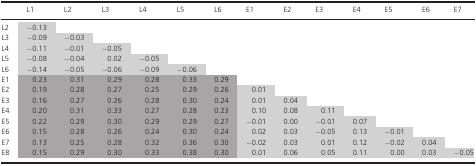
<table><thead><tr><td></td><td><b>L1</b></td><td><b>L2</b></td><td><b>L3</b></td><td><b>L4</b></td><td><b>L5</b></td><td><b>L6</b></td><td><b>E1</b></td><td><b>E2</b></td><td><b>E3</b></td><td><b>E4</b></td><td><b>E5</b></td><td><b>E6</b></td><td><b>E7</b></td></tr></thead><tbody><tr><td>L2</td><td>−0.13</td><td></td><td></td><td></td><td></td><td></td><td></td><td></td><td></td><td></td><td></td><td></td><td></td></tr><tr><td>L3</td><td>−0.09</td><td>−0.03</td><td></td><td></td><td></td><td></td><td></td><td></td><td></td><td></td><td></td><td></td><td></td></tr><tr><td>L4</td><td>−0.11</td><td>−0.01</td><td>−0.05</td><td></td><td></td><td></td><td></td><td></td><td></td><td></td><td></td><td></td><td></td></tr><tr><td>L5</td><td>−0.08</td><td>−0.04</td><td>0.02</td><td>−0.05</td><td></td><td></td><td></td><td></td><td></td><td></td><td></td><td></td><td></td></tr><tr><td>L6</td><td>−0.14</td><td>−0.05</td><td>−0.06</td><td>−0.09</td><td>−0.06</td><td></td><td></td><td></td><td></td><td></td><td></td><td></td><td></td></tr><tr><td>E1</td><td>0.23</td><td>0.31</td><td>0.29</td><td>0.28</td><td>0.33</td><td>0.29</td><td></td><td></td><td></td><td></td><td></td><td></td><td></td></tr><tr><td>E2</td><td>0.19</td><td>0.28</td><td>0.27</td><td>0.25</td><td>0.29</td><td>0.26</td><td>0.01</td><td></td><td></td><td></td><td></td><td></td><td></td></tr><tr><td>E3</td><td>0.16</td><td>0.27</td><td>0.26</td><td>0.28</td><td>0.30</td><td>0.24</td><td>0.01</td><td>0.04</td><td></td><td></td><td></td><td></td><td></td></tr><tr><td>E4</td><td>0.20</td><td>0.31</td><td>0.33</td><td>0.27</td><td>0.28</td><td>0.23</td><td>0.10</td><td>0.08</td><td>0.11</td><td></td><td></td><td></td><td></td></tr><tr><td>E5</td><td>0.22</td><td>0.29</td><td>0.30</td><td>0.29</td><td>0.29</td><td>0.27</td><td>−0.01</td><td>0.00</td><td>−0.01</td><td>0.07</td><td></td><td></td><td></td></tr><tr><td>E6</td><td>0.15</td><td>0.28</td><td>0.26</td><td>0.24</td><td>0.30</td><td>0.24</td><td>0.02</td><td>0.03</td><td>−0.05</td><td>0.13</td><td>−0.01</td><td></td><td></td></tr><tr><td>E7</td><td>0.13</td><td>0.25</td><td>0.28</td><td>0.32</td><td>0.36</td><td>0.30</td><td>−0.02</td><td>0.03</td><td>0.01</td><td>0.12</td><td>−0.02</td><td>0.04</td><td></td></tr><tr><td>E8</td><td>0.15</td><td>0.29</td><td>0.30</td><td>0.33</td><td>0.38</td><td>0.30</td><td>0.01</td><td>0.06</td><td>0.05</td><td>0.11</td><td>0.00</td><td>0.03</td><td>−0.05</td></tr></tbody></table>